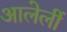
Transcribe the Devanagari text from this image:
आलेलीं